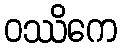
ဝဿိကေ